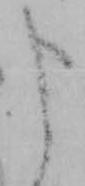
申